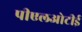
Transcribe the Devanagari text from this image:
पीएलओटीई